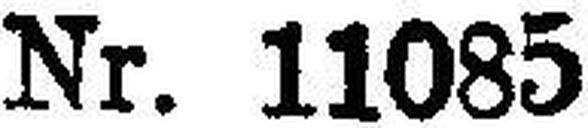
Nr. 11085